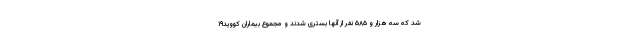
شد که سه هزار و ۵۸۵ نفر از آنها بستری شدند و مجموع بیماران کووید۱۹